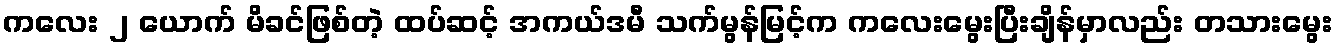
ကလေး ၂ ယောက် မိခင်ဖြစ်တဲ့ ထပ်ဆင့် အကယ်ဒမီ သက်မွန်မြင့်က ကလေးမွေးပြီးချိန်မှာလည်း တသားမွေး